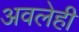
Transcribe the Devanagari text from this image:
अवलेही